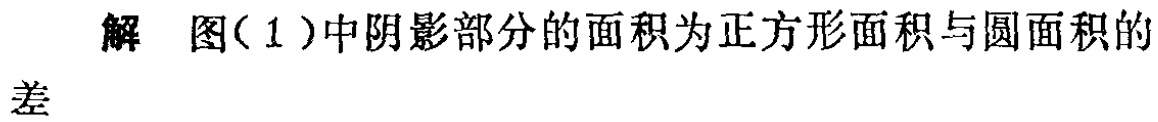
解 图(1)中阴影部分的面积为正方形面积与圆面积的差